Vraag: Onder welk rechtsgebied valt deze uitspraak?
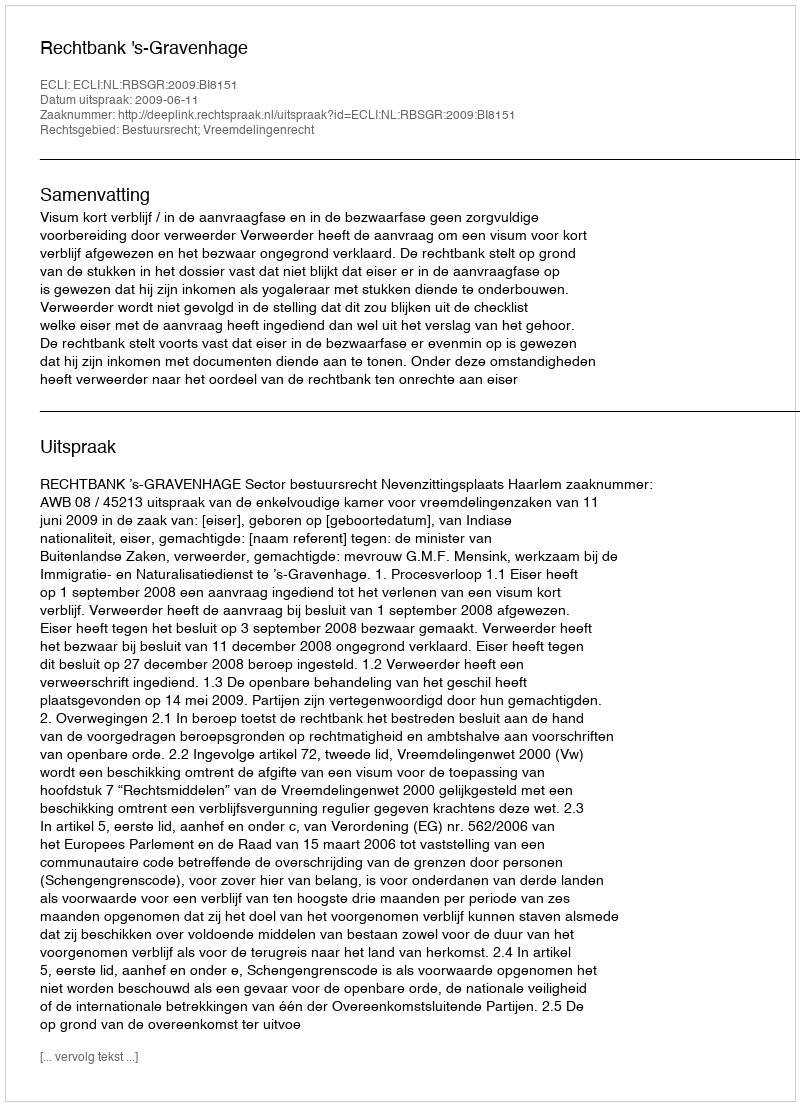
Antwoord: Bestuursrecht; Vreemdelingenrecht